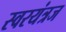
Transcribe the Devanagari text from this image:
स्वरयंत्रज